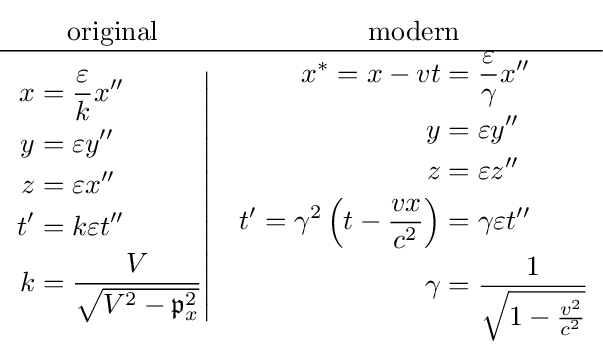
{\begin{matrix}{\text{original}}&{\text{modern}}\\\hline \left.{\begin{aligned}x&={\frac {\varepsilon }{k}}x^{\prime \prime }\\y&=\varepsilon y^{\prime \prime }\\z&=\varepsilon x^{\prime \prime }\\t^{\prime }&=k\varepsilon t^{\prime \prime }\\k&={\frac {V}{\sqrt {V^{2}-{\mathfrak {p}}_{x}^{2}}}}\end{aligned}}\right|&{\begin{aligned}x^{\ast }=x-vt&={\frac {\varepsilon }{\gamma }}x^{\prime \prime }\\y&=\varepsilon y^{\prime \prime }\\z&=\varepsilon z^{\prime \prime }\\t^{\prime }=\gamma ^{2}\left(t-{\frac {vx}{c^{2}}}\right)&=\gamma \varepsilon t^{\prime \prime }\\\gamma &={\frac {1}{\sqrt {1-{\frac {v^{2}}{c^{2}}}}}}\end{aligned}}\end{matrix}}